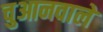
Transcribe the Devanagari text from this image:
चुआनवाले